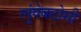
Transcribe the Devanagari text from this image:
लुंपेक्टोमी